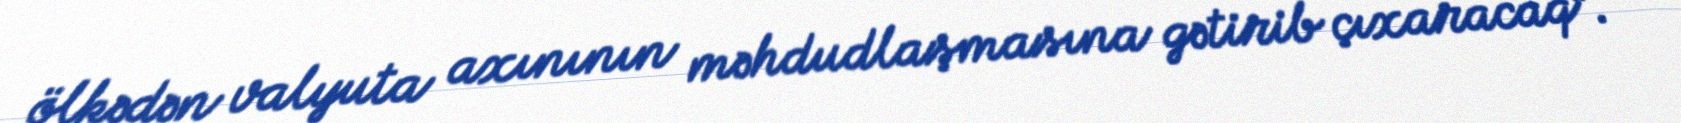
ölkədən valyuta axınının məhdudlaşmasına gətirib çıxaracaq”.